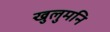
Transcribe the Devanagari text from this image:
खुलुमनि